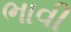
ભાવી